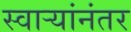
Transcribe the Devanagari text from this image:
स्वाऱ्यांनंतर